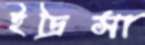
ইদ্রিসা